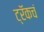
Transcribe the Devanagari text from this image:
ट्रॅकचं